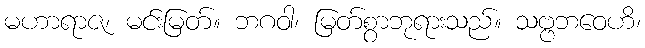
မဟာရာဇ၊ မင်းမြတ်။ ဘဂဝါ၊ မြတ်စွာဘုရားသည်။ သဗ္ဗဘဝေဟိ၊